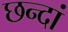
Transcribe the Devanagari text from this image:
छन्दां